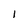
Character: l